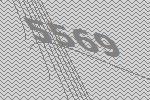
5569